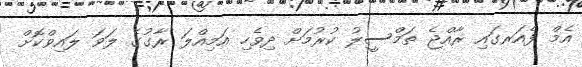
އެމް ފެއަރގައި ރާއްޖެ ތަމްސީލު ކުރުމަށް ދިވެހި އަމިއްލަ ރާގުގެ ލަވަ ލައިވްކޮށް